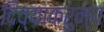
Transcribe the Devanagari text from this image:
दिव्याकरुन्य